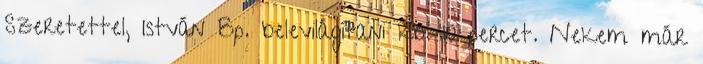
Szeretettel, István Bp. belevilágítani kb. 10 percet. Nekem már